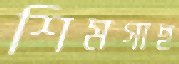
শিমগাছ